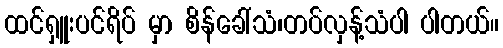
ထင်ရှူးပင်ရိပ် မှာ စိန်ခေါ်သံ၊တပ်လှန့်သံပါ ပါတယ်။